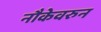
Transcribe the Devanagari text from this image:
नौकेवरुन